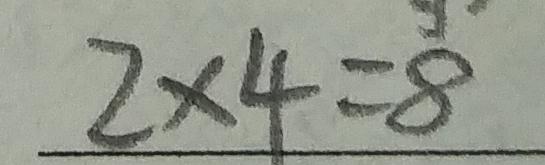
2 \times 4 = 8